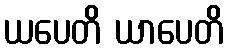
ယပေတိ ယာပေတိ